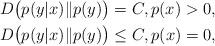
LaTeX: \begin{align*} D\bigl(p(y|x)\|p(y)\bigr)&=C,p(x)>0,\\ D\bigl(p(y|x)\|p(y)\bigr)&\le C,p(x)=0,\end{align*}